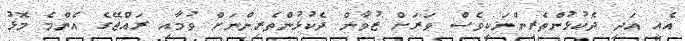
އެއީ އަދި ދެކުޅުންތެރިންނަކީވެސް ވަރަށް ޒުވާން ދެކުޅުންތެރިންނަށް ވުމާއި ރައްޖޭގެ އެންމެ މޮޅު